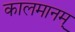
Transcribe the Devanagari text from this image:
कालमानम्